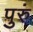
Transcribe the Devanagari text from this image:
पुरुं